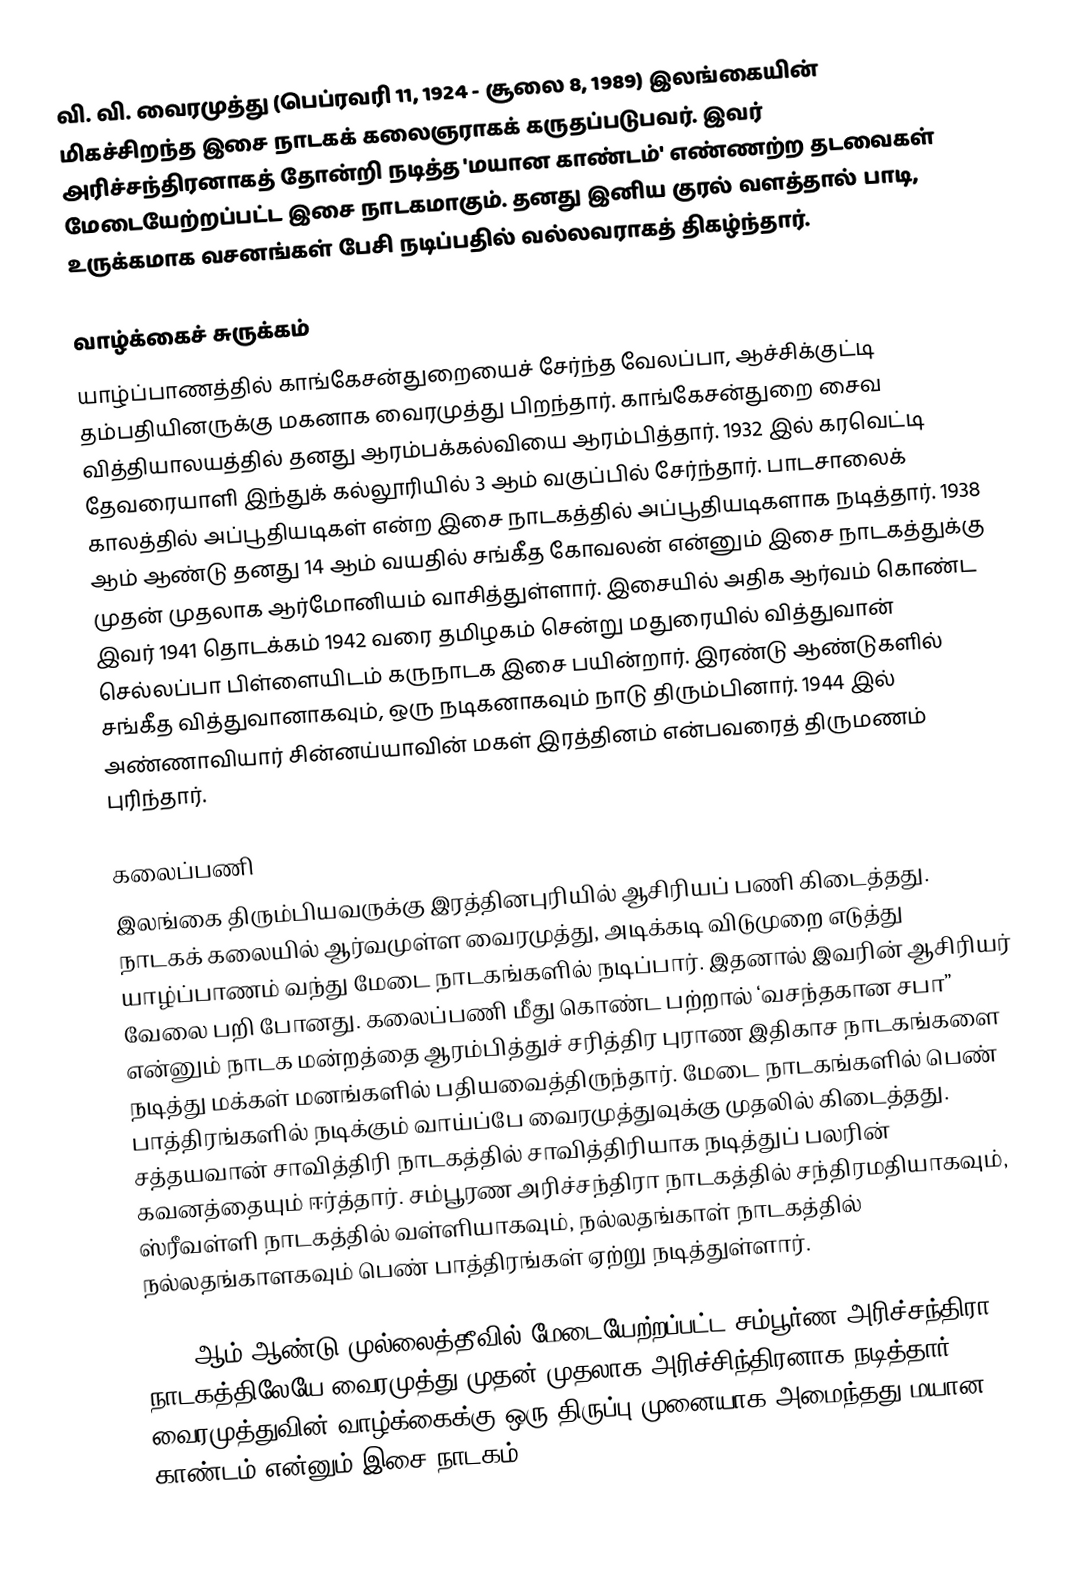
வி. வி. வைரமுத்து (பெப்ரவரி 11, 1924 - சூலை 8, 1989) இலங்கையின் மிகச்சிறந்த இசை நாடகக் கலைஞராகக் கருதப்படுபவர். இவர் அரிச்சந்திரனாகத் தோன்றி நடித்த 'மயான காண்டம்' எண்ணற்ற தடவைகள் மேடையேற்றப்பட்ட இசை நாடகமாகும். தனது இனிய குரல் வளத்தால் பாடி, உருக்கமாக வசனங்கள் பேசி நடிப்பதில் வல்லவராகத் திகழ்ந்தார்.

வாழ்க்கைச் சுருக்கம்
யாழ்ப்பாணத்தில் காங்கேசன்துறையைச் சேர்ந்த வேலப்பா, ஆச்சிக்குட்டி தம்பதியினருக்கு மகனாக வைரமுத்து பிறந்தார். காங்கேசன்துறை சைவ வித்தியாலயத்தில் தனது ஆரம்பக்கல்வியை ஆரம்பித்தார். 1932 இல் கரவெட்டி தேவரையாளி இந்துக் கல்லூரியில் 3 ஆம் வகுப்பில் சேர்ந்தார். பாடசாலைக் காலத்தில் அப்பூதியடிகள் என்ற இசை நாடகத்தில் அப்பூதியடிகளாக நடித்தார். 1938 ஆம் ஆண்டு தனது 14 ஆம் வயதில் சங்கீத கோவலன் என்னும் இசை நாடகத்துக்கு முதன் முதலாக ஆர்மோனியம் வாசித்துள்ளார். இசையில் அதிக ஆர்வம் கொண்ட இவர் 1941 தொடக்கம் 1942 வரை தமிழகம் சென்று மதுரையில் வித்துவான் செல்லப்பா பிள்ளையிடம் கருநாடக இசை பயின்றார். இரண்டு ஆண்டுகளில் சங்கீத வித்துவானாகவும், ஒரு நடிகனாகவும் நாடு திரும்பினார். 1944 இல் அண்ணாவியார் சின்னய்யாவின் மகள் இரத்தினம் என்பவரைத் திருமணம் புரிந்தார்.

கலைப்பணி
இலங்கை திரும்பியவருக்கு இரத்தினபுரியில் ஆசிரியப் பணி கிடைத்தது. நாடகக் கலையில் ஆர்வமுள்ள வைரமுத்து, அடிக்கடி விடுமுறை எடுத்து யாழ்ப்பாணம் வந்து மேடை நாடகங்களில் நடிப்பார். இதனால் இவரின் ஆசிரியர் வேலை பறி போனது. கலைப்பணி மீது கொண்ட பற்றால் ‘வசந்தகான சபா” என்னும் நாடக மன்றத்தை ஆரம்பித்துச் சரித்திர புராண இதிகாச நாடகங்களை நடித்து மக்கள் மனங்களில் பதியவைத்திருந்தார். மேடை நாடகங்களில் பெண் பாத்திரங்களில் நடிக்கும் வாய்ப்பே வைரமுத்துவுக்கு முதலில் கிடைத்தது. சத்தயவான் சாவித்திரி நாடகத்தில் சாவித்திரியாக நடித்துப் பலரின் கவனத்தையும் ஈர்த்தார். சம்பூரண அரிச்சந்திரா நாடகத்தில் சந்திரமதியாகவும், ஸ்ரீவள்ளி நாடகத்தில் வள்ளியாகவும், நல்லதங்காள் நாடகத்தில் நல்லதங்காளகவும் பெண் பாத்திரங்கள் ஏற்று நடித்துள்ளார்.

1950 ஆம் ஆண்டு முல்லைத்தீவில் மேடையேற்றப்பட்ட சம்பூர்ண அரிச்சந்திரா நாடகத்திலேயே வைரமுத்து முதன் முதலாக அரிச்சிந்திரனாக நடித்தார். வைரமுத்துவின் வாழ்க்கைக்கு ஒரு திருப்பு முனையாக அமைந்தது மயான காண்டம் என்னும் இசை நாடகம்.